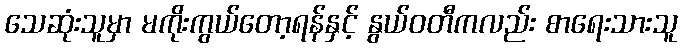
သေဆုံးသူမှာ မကိုးကွယ်တော့ရန်နှင့် နွယ်ဝတီကလည်း စာရေးသားသူ